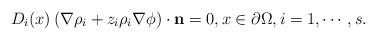
LaTeX: \begin{align*} D_i(x) \left( \nabla \rho_i +z_i\rho_i \nabla \phi \right)\cdot \mathbf{n}=0,x\in \partial\Omega, i=1, \cdots, s. \end{align*}